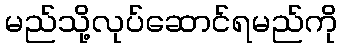
မည်သို့လုပ်ဆောင်ရမည်ကို